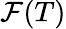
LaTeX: {\mathcal{F}}(T)